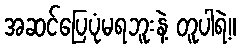
အဆင်ပြေပုံမရဘူးနဲ့ တူပါရဲ့။